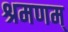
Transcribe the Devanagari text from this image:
श्रमणम्